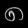
Digit: ၈